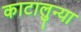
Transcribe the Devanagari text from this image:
काटालुन्या